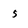
Character: 5